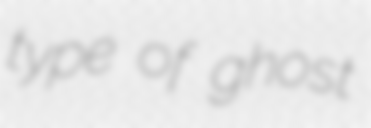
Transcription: type of ghost